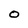
Character: O